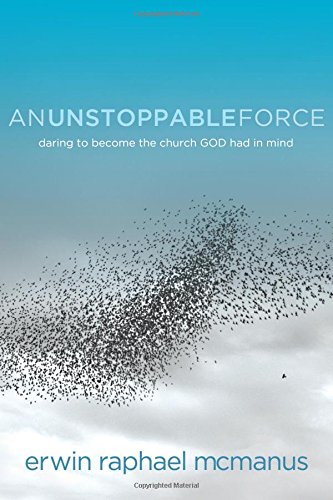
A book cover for An Unstoppable Force: Daring to Become the Church God Had in Mind; Erwin Raphael McManus; Christian Books & Bibles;